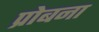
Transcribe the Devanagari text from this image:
प्रोबना